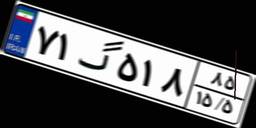
۹۷گ۶۰۲۸۲